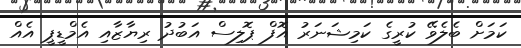
ކަމަށް ބެލެވޭ ކުރީގެ ކަމިޝަނަރު އޮފް ޕޮލިސް އަބުދު ރިޔާޒާއި އެމްޑީޕީ އެއް